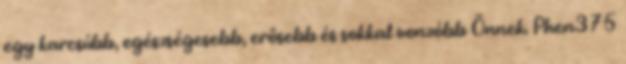
egy karcsúbb, egészségesebb, erősebb és sokkal vonzóbb Önnek. Phen375